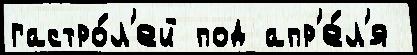
гастро́л'ей под апр'е́л'я